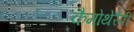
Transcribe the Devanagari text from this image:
कैमोथेरैपी